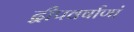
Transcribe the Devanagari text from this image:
द्वीपवर्षाणां